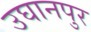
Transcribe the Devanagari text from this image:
उघानपुर